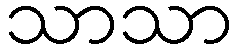
သာသာ